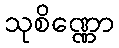
သုစိဏ္ဏော